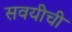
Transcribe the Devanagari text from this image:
सवयीची